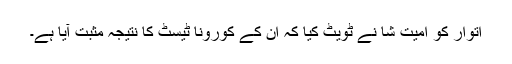
اتوار کو امیت شا نے ٹویٹ کیا کہ ان کے کورونا ٹیسٹ کا نتیجہ مثبت آیا ہے۔